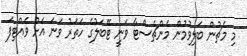
މި މެޗުން ބަލިވުމުން މެންޗެސްޓާ ވަނީ ޓޭބަލުގެ ހަތަރު ވަނަ އަށް ވެއްޓިފަ